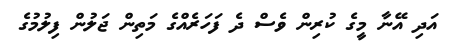
އަދި އޭނާ މީގެ ކުރިން ވެސް ދެ ފަހަރެއްގެ މަތިން ޖަލުން ފިލުމުގެ